Indian journal of veterinary science and animal husbandry - Volume 1,
Year: 1931
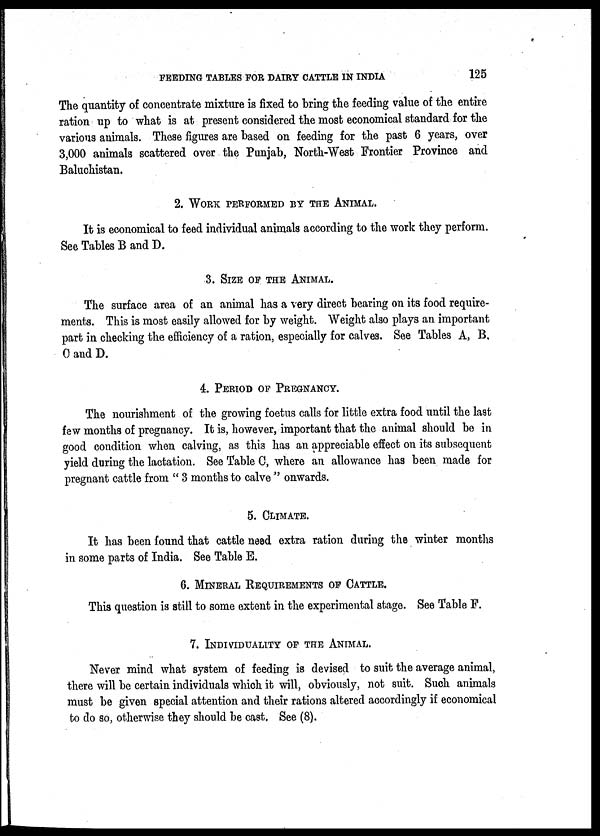
FEEDING TABLES FOR DAIRY CATTLE IN INDIA
125
The quantity of concentrate mixture is fixed to bring the feeding value of the entire
ration up to what is at present considered the most economical standard for the
various animals. These figures are based on feeding for the past 6 years, over
3,000 animals scattered over the Punjab, North-West Frontier Province and
Baluchistan.
2. WORK PERFORMED BY THE ANIMAL.
It is economical to feed individual animals according to the work they perform.
See Tables B and D.
3. SIZE OF THE ANIMAL.
The surface area of an animal has a very direct bearing on its food require-
ments. This is most easily allowed for by weight. Weight also plays an important
part in checking the efficiency of a ration, especially for calves. See Tables A, B,
C and D.
4. PERIOD OF PREGNANCY.
The nourishment of the growing foetus calls for little extra food until the last
few months of pregnancy. It is, however, important that the animal should be in
good condition when calving, as this has an appreciable effect on its subsequent
yield during the lactation. See Table C, where an allowance has been made for
pregnant cattle from " 3 months to calve " onwards.
5. CLIMATE.
It has been found that cattle need extra ration during the winter months
in some parts of India. See Table E.
6. MINERAL REQUIREMENTS OF CATTLE.
This question is still to some extent in the experimental stage. See Table F.
7. INDIVIDUALITY OF THE ANIMAL.
Never mind what system of feeding is devised to suit the average animal,
there will be certain individuals which it will, obviously, not suit. Such animals
must be given special attention and their rations altered accordingly if economical
to do so, otherwise they should be cast. See (8).